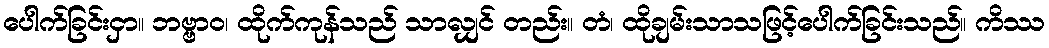
ပေါက်ခြင်းငှာ။ ဘဗ္ဗာဝ၊ ထိုက်ကုန်သည် သာလျှင် တည်း။ တံ၊ ထိုချမ်းသာသဖြင့်ပေါက်ခြင်းသည်။ ကိဿ